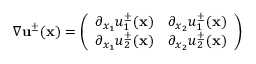
\nabla { \mathbf u } ^ { \pm } ( { \mathbf x } ) = \left( \begin{array} { l l } { \partial _ { x _ { 1 } } u _ { 1 } ^ { \pm } ( { \mathbf x } ) } & { \partial _ { x _ { 2 } } u _ { 1 } ^ { \pm } ( { \mathbf x } ) } \\ { \partial _ { x _ { 1 } } u _ { 2 } ^ { \pm } ( { \mathbf x } ) } & { \partial _ { x _ { 2 } } u _ { 2 } ^ { \pm } ( { \mathbf x } ) } \end{array} \right)